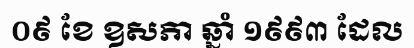
០៩ ខែ ឧសភា ឆ្នាំ ១៩៩៣ ដែល